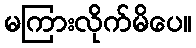
မကြားလိုက်မိပေ။